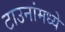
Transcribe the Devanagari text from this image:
टाउनांमध्ये